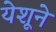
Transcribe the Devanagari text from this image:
येशूने